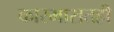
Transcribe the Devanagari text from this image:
कारभारातही